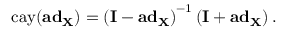
\mathrm { c a y } ( \mathbf { a d } _ { \mathbf { X } } ) = \left( \mathbf { I } - \mathbf { a d } _ { \mathbf { X } } \right) ^ { - 1 } \left( \mathbf { I } + \mathbf { a d } _ { \mathbf { X } } \right) .